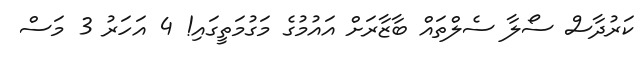
ކަރުދާސް ސޯލާ ސެލްތައް ބާޒާރަށް އައުމުގެ މަގުމަތީގައި! 4 އަހަރު 3 މަސް